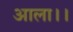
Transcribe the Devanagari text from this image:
आला।।